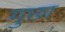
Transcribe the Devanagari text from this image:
गुछा